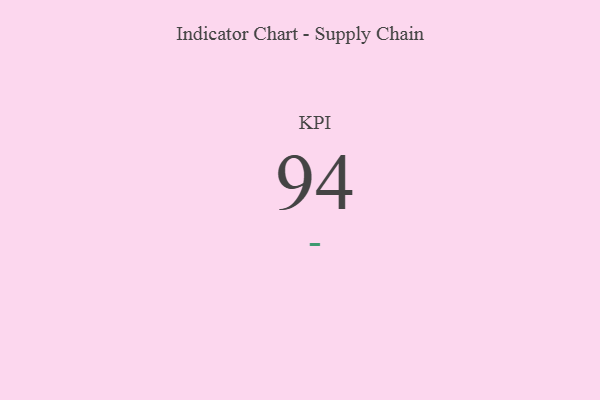
{"axis": {"x": "KPI", "y": "Value"}, "legend": [""], "data": [{"x": "KPI", "y": 94, "type": ""}]}